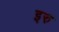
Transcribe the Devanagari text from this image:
इरु